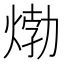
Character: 𤊹